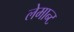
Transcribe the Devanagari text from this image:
लेमान्ट